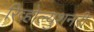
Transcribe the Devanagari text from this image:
रिव्होल्युशनरी